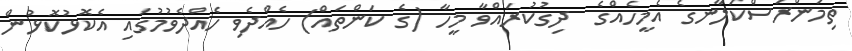
ތިމަންރަސްކަލާނގެ އެމީހެއްގެ  ދިގުކުރައްވާ މީހާ (ގެ ކަންތައް) ހެއްދެވި ހެއްދެވުމުގައި އެކޮޅުކޮޅުން